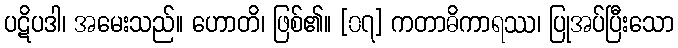
ပဋိပဒါ၊ အမေးသည်။ ဟောတိ၊ ဖြစ်၏။ [၀၇] ကတာဓိကာရဿ၊ ပြုအပ်ပြီးသော